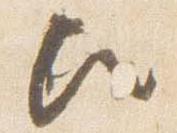
歟